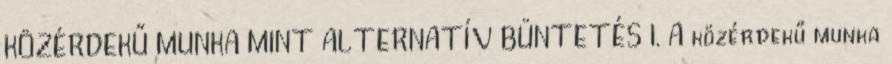
KÖZÉRDEKŰ MUNKA MINT ALTERNATÍV BÜNTETÉS I. A közérdekű munka